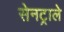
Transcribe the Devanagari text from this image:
सेनट्राले